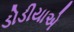
ડોડીયાએ